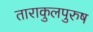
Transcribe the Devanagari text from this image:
ताराकुलपुरुष